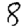
Digit: 8